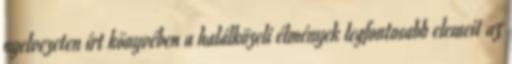
nyelvezeten írt könyvében a halálközeli élmények legfontosabb elemeit az